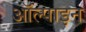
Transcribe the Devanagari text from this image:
ऑल्पाइन